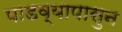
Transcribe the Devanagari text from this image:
पाडव्यापासुन